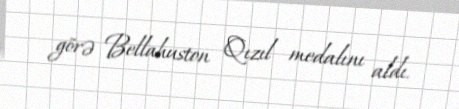
görə Bellahuston Qızıl medalını aldı.